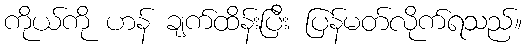
ကိုယ်ကို ဟန် ချက်ထိန်းပြီး ပြန်မတ်လိုက်ရသည်။